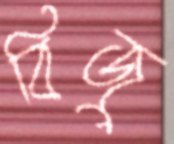
বিজু